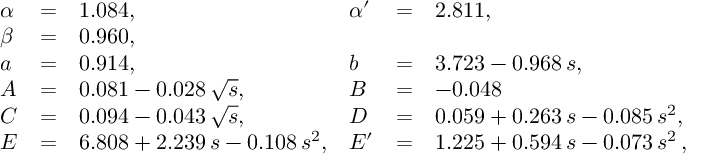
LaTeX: \begin{array} { l c l l c l } { { \alpha } } & { { = } } & { { 1 . 0 8 4 , } } & { { \alpha ^ { \prime } } } & { { = } } & { { 2 . 8 1 1 , } } \\ { { \beta } } & { { = } } & { { 0 . 9 6 0 , } } & { { } } & { { } } & { { } } \\ { { a } } & { { = } } & { { 0 . 9 1 4 , } } & { { b } } & { { = } } & { { 3 . 7 2 3 - 0 . 9 6 8 \, s , } } \\ { { A } } & { { = } } & { { 0 . 0 8 1 - 0 . 0 2 8 \, \sqrt { s } , } } & { { B } } & { { = } } & { { - 0 . 0 4 8 } } \\ { { C } } & { { = } } & { { 0 . 0 9 4 - 0 . 0 4 3 \, \sqrt { s } , } } & { { D } } & { { = } } & { { 0 . 0 5 9 + 0 . 2 6 3 \, s - 0 . 0 8 5 \, s ^ { 2 } , } } \\ { { E } } & { { = } } & { { 6 . 8 0 8 + 2 . 2 3 9 \, s - 0 . 1 0 8 \, s ^ { 2 } , } } & { { E ^ { \prime } } } & { { = } } & { { 1 . 2 2 5 + 0 . 5 9 4 \, s - 0 . 0 7 3 \, s ^ { 2 } \, , } } \end{array}